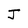
Character: J